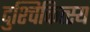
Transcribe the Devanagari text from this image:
दुश्चिकित्स्य